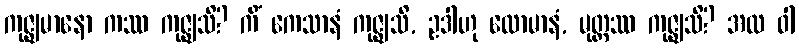
ကုဇ္ဈမာနော ကဿ ကုဇ္ဈသိ? ကိံ ကေသာနံ ကုဇ္ဈသိ, ဥဒါဟု လောမာနံ, မုတ္တဿ ကုဇ္ဈသိ? အထ ဝါ